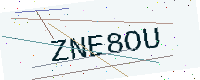
Text: ZNE8OU